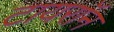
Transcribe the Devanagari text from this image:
टायराॅन